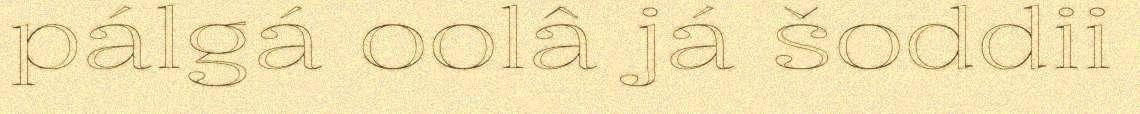
pálgá oolâ já šoddii